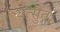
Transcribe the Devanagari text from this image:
यत्सुतः